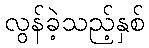
လွန်ခဲ့သည့်နှစ်